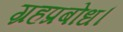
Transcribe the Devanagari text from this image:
ग्रहप्रबोध।